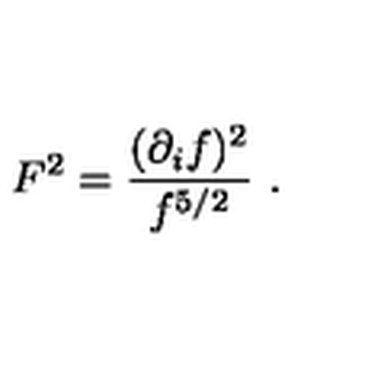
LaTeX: F ^ { 2 } = { \frac { ( \partial _ { i } f ) ^ { 2 } } { f ^ { 5 / 2 } } } \ .